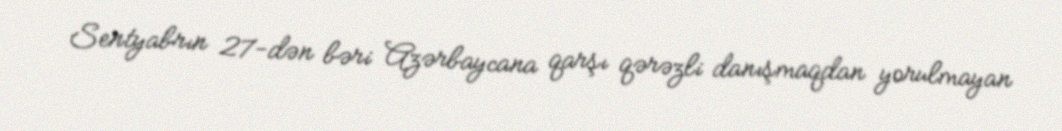
Sentyabrın 27-dən bəri Azərbaycana qarşı qərəzli danışmaqdan yorulmayan